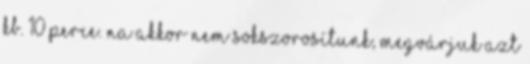
kb. 10 perce. Na akkor nem sokszorosítunk, megvárjuk azt